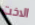
الاخت